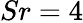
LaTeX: Sr=4